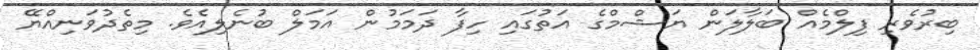
ބިރުވެރި ފިލްމެއް ބަލާލަން ޔަޝްމްގެ އަތުގައި ހިފާ ދަމަމުން އަމަލް ބުނެލިއެވެ. މިތެދުވަނިއްޔޭ